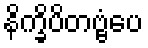
နိက္ခိပိတဗ္ဗံပေ